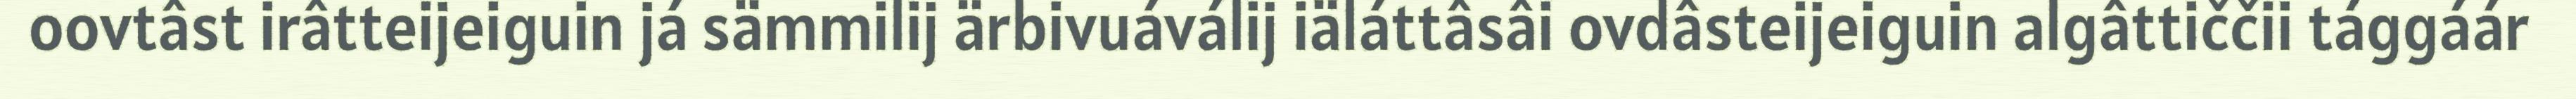
oovtâst irâtteijeiguin já sämmilij ärbivuáválij iäláttâsâi ovdâsteijeiguin algâttiččii tággáár